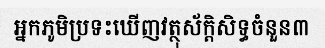
អ្នកភូមិប្រទះឃើញវត្ថុស័ក្តិសិទ្ធចំនួន៣